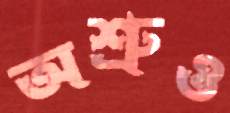
অশ্রুও